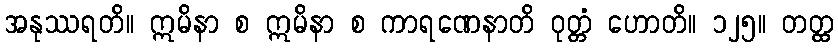
အနုဿရတိ။ ဣမိနာ စ ဣမိနာ စ ကာရဏေနာတိ ဝုတ္တံ ဟောတိ။ ၁၂၅။ တတ္ထ